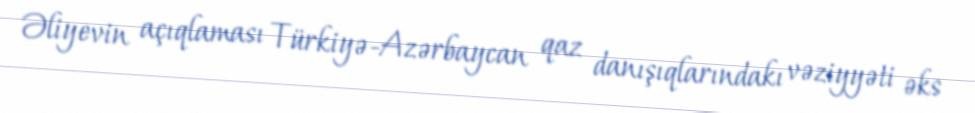
Əliyevin açıqlaması Türkiyə-Azərbaycan qaz danışıqlarındakı vəziyyəti əks